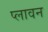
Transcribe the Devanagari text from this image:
प्‍लावन